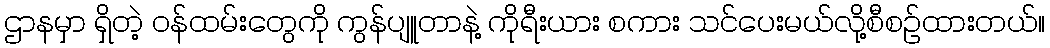
ဌာနမှာ ရှိတဲ့ ဝန်ထမ်းတွေကို ကွန်ပျူတာနဲ့ ကိုရီးယား စကား သင်ပေးမယ်လို့စီစဉ်ထားတယ်။